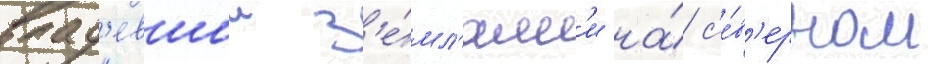
влад'евшии з'е́мл'ям'и на́ с'е́в'ерном